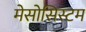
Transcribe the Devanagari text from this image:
मेसोसिस्टम